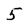
Character: 5